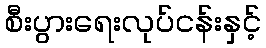
စီးပွားရေးလုပ်ငန်းနှင့်